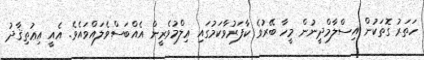
ހަތަރު ގޮތަކުން އިސްލާމްދީނުން މީހާ ބޭރުވެ ކާފަރުވާކަމުގައި ޢިލްމުވެރީން އެއްބަސްވެލައްވައެވެ. އެއީ އިޢުތިޤާދު